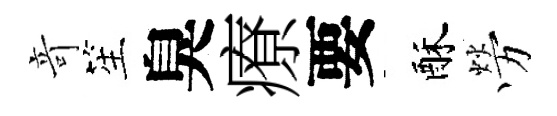
竒笙臭療要酥勞